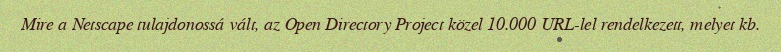
Mire a Netscape tulajdonossá vált, az Open Directory Project közel 10.000 URL-lel rendelkezett, melyet kb.